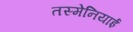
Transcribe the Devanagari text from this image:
तस्मेनियाई